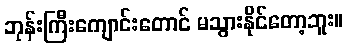
ဘုန်းကြီးကျောင်းတောင် မသွားနိုင်တော့ဘူး။